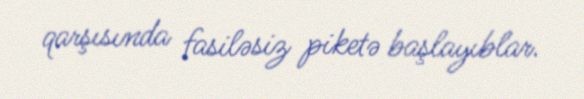
qarşısında fasiləsiz piketə başlayıblar.